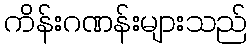
ကိန်းဂဏန်းများသည်